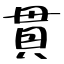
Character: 貫